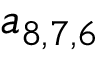
\boldsymbol { a } _ { 8 , 7 , 6 }